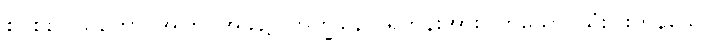
စင်စစ်။ ယတော၊ အကြင်အခါ၌။ ဘိက္ခုနော၊ ရဟန်းအား။ တယော၊ သုံးပါးကုန်သော။